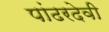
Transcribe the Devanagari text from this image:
पांढरदेवी